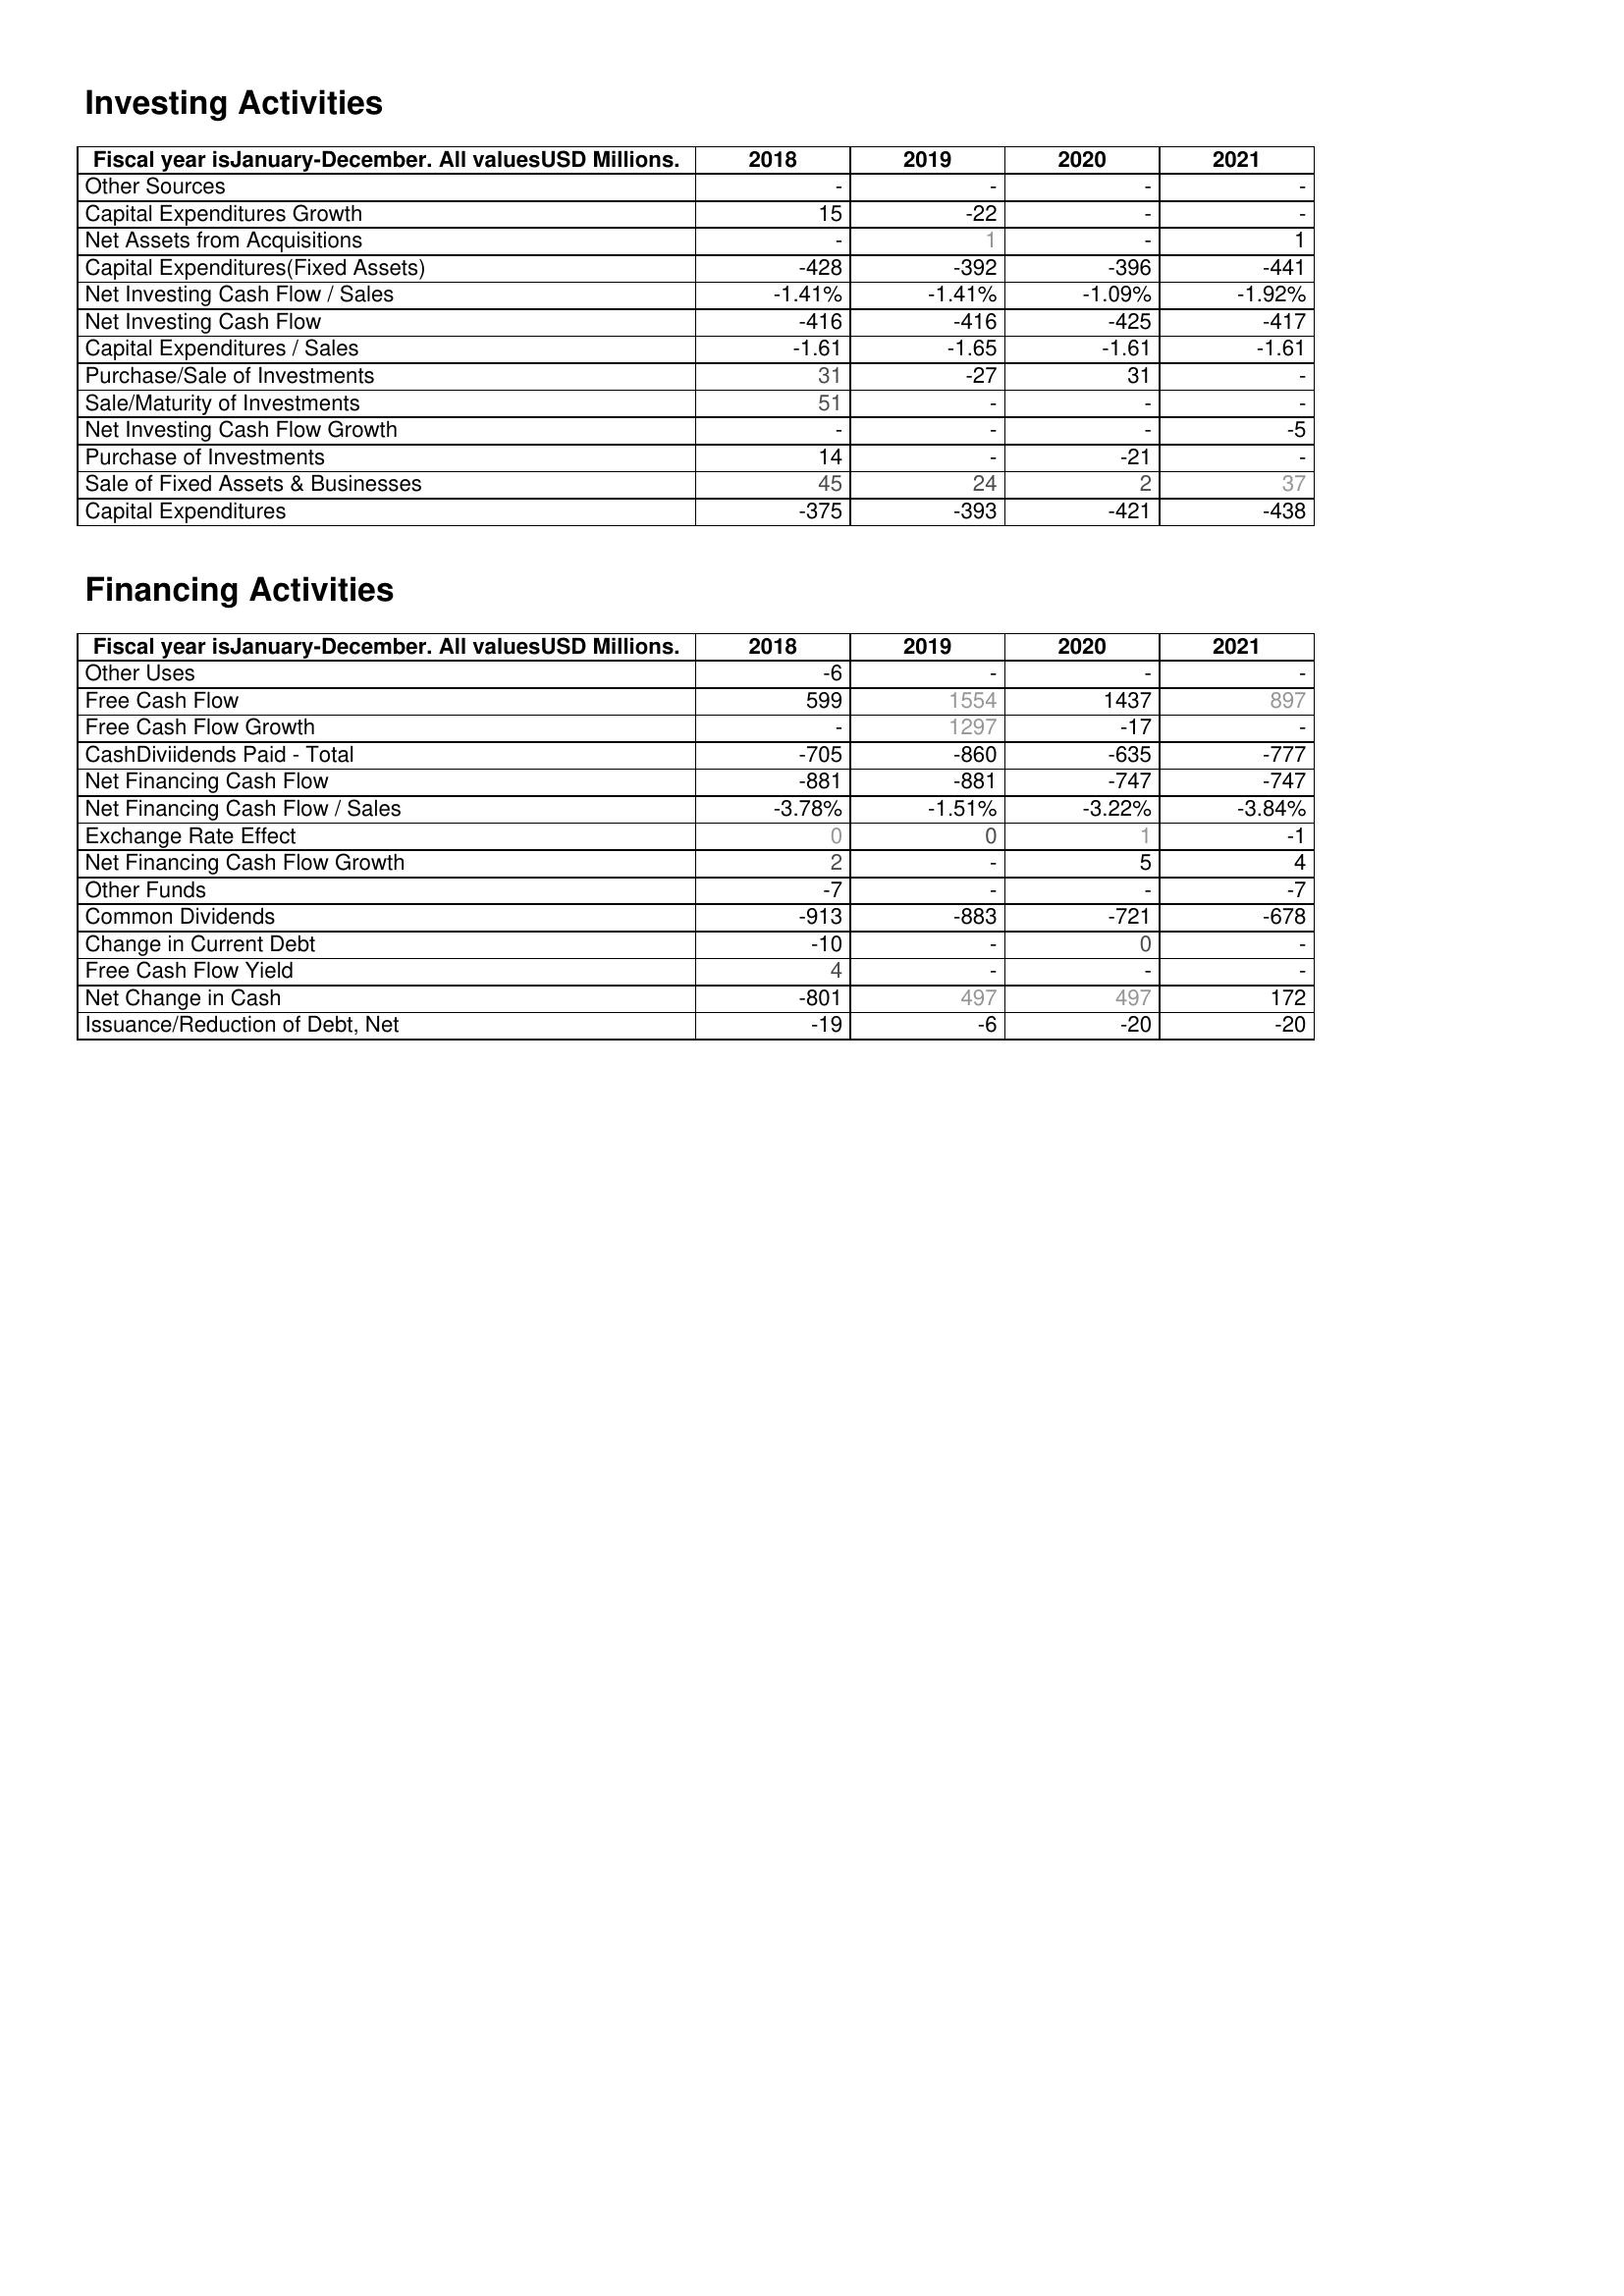
2018: Investing Activities: Other Sources: -
Capital Expenditures Growth: 15
Net Assets from Acquisitions: -
Capital Expenditures(Fixed Assets): -428
Net Investing Cash Flow / Sales: -1.41%
Net Investing Cash Flow: -416
Capital Expenditures / Sales: -1.61
Purchase/Sale of Investments: 31
Sale/Maturity of Investments: 51
Net Investing Cash Flow Growth: -
Purchase of Investments: 14
Sale of Fixed Assets & Businesses: 45
Capital Expenditures: -375
Financing Activities: Other Uses: -6
Free Cash Flow: 599
Free Cash Flow Growth: -
CashDiviidends Paid - Total: -705
Net Financing Cash Flow: -881
Net Financing Cash Flow / Sales: -3.78%
Exchange Rate Effect: 0
Net Financing Cash Flow Growth: 2
Other Funds: -7
Common Dividends: -913
Change in Current Debt: -10
Free Cash Flow Yield: 4
Net Change in Cash: -801
Issuance/Reduction of Debt, Net: -19
2019: Investing Activities: Other Sources: -
Capital Expenditures Growth: -22
Net Assets from Acquisitions: 1
Capital Expenditures(Fixed Assets): -392
Net Investing Cash Flow / Sales: -1.41%
Net Investing Cash Flow: -416
Capital Expenditures / Sales: -1.65
Purchase/Sale of Investments: -27
Sale/Maturity of Investments: -
Net Investing Cash Flow Growth: -
Purchase of Investments: -
Sale of Fixed Assets & Businesses: 24
Capital Expenditures: -393
Financing Activities: Other Uses: -
Free Cash Flow: 1554
Free Cash Flow Growth: 1297
CashDiviidends Paid - Total: -860
Net Financing Cash Flow: -881
Net Financing Cash Flow / Sales: -1.51%
Exchange Rate Effect: 0
Net Financing Cash Flow Growth: -
Other Funds: -
Common Dividends: -883
Change in Current Debt: -
Free Cash Flow Yield: -
Net Change in Cash: 497
Issuance/Reduction of Debt, Net: -6
2020: Investing Activities: Other Sources: -
Capital Expenditures Growth: -
Net Assets from Acquisitions: -
Capital Expenditures(Fixed Assets): -396
Net Investing Cash Flow / Sales: -1.09%
Net Investing Cash Flow: -425
Capital Expenditures / Sales: -1.61
Purchase/Sale of Investments: 31
Sale/Maturity of Investments: -
Net Investing Cash Flow Growth: -
Purchase of Investments: -21
Sale of Fixed Assets & Businesses: 2
Capital Expenditures: -421
Financing Activities: Other Uses: -
Free Cash Flow: 1437
Free Cash Flow Growth: -17
CashDiviidends Paid - Total: -635
Net Financing Cash Flow: -747
Net Financing Cash Flow / Sales: -3.22%
Exchange Rate Effect: 1
Net Financing Cash Flow Growth: 5
Other Funds: -
Common Dividends: -721
Change in Current Debt: 0
Free Cash Flow Yield: -
Net Change in Cash: 497
Issuance/Reduction of Debt, Net: -20
2021: Investing Activities: Other Sources: -
Capital Expenditures Growth: -
Net Assets from Acquisitions: 1
Capital Expenditures(Fixed Assets): -441
Net Investing Cash Flow / Sales: -1.92%
Net Investing Cash Flow: -417
Capital Expenditures / Sales: -1.61
Purchase/Sale of Investments: -
Sale/Maturity of Investments: -
Net Investing Cash Flow Growth: -5
Purchase of Investments: -
Sale of Fixed Assets & Businesses: 37
Capital Expenditures: -438
Financing Activities: Other Uses: -
Free Cash Flow: 897
Free Cash Flow Growth: -
CashDiviidends Paid - Total: -777
Net Financing Cash Flow: -747
Net Financing Cash Flow / Sales: -3.84%
Exchange Rate Effect: -1
Net Financing Cash Flow Growth: 4
Other Funds: -7
Common Dividends: -678
Change in Current Debt: -
Free Cash Flow Yield: -
Net Change in Cash: 172
Issuance/Reduction of Debt, Net: -20